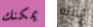
يمكنك الابله